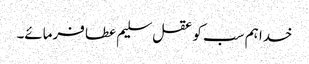
خدا ہم سب کو عقل سلیم عطا فرمائے۔